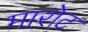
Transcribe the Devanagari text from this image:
मारोट